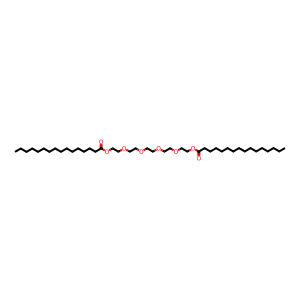
SMILES: CCCCCCCCCCCCCCCC(=O)OCCOCCOCCOCCOCCOC(=O)CCCCCCCCCCCCCCC
Inhibits HIV replication: No